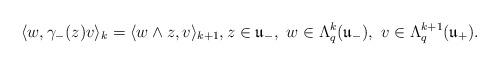
LaTeX: \begin{align*}\langle w, \gamma_{-}(z) v\rangle_{k} = \langle w \wedge z, v\rangle_{k + 1}, z \in \mathfrak{u}_{-}, \ w \in \Lambda_{q}^{k }(\mathfrak{u}_{-}), \ v \in \Lambda_{q}^{k + 1}(\mathfrak{u}_{+}).\end{align*}